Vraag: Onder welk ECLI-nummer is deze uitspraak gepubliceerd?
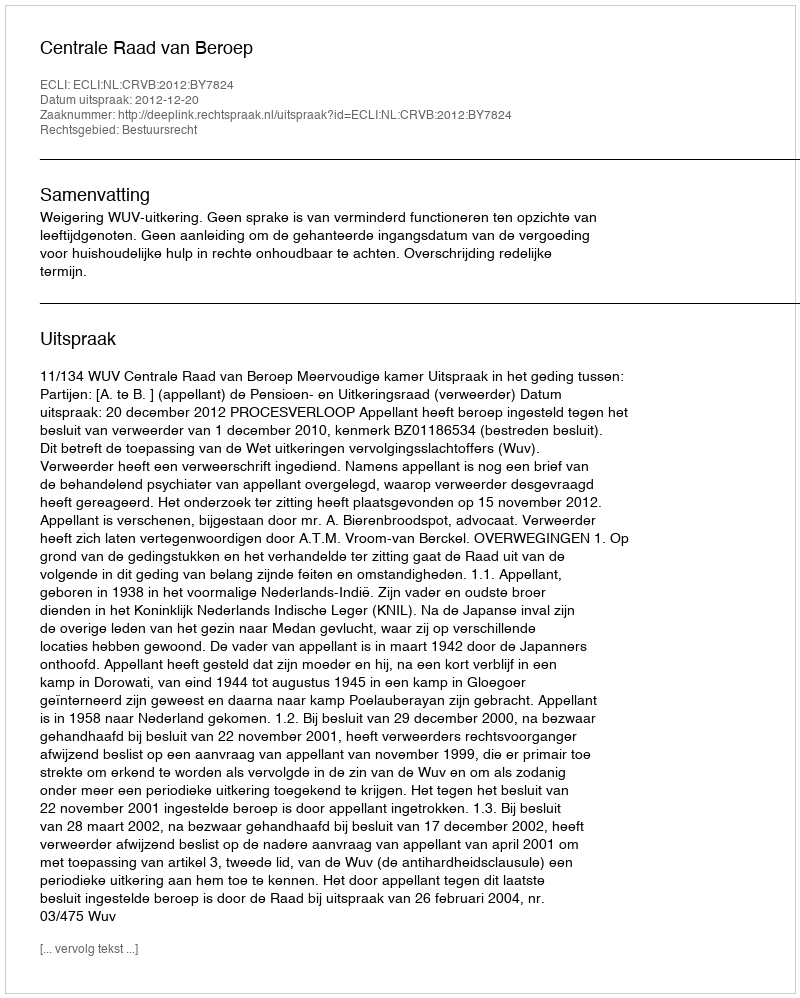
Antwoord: ECLI:NL:CRVB:2012:BY7824